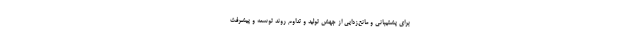
برای پشتیبانی و مانع‌زدایی از جهش تولید و تداوم روند توسعه و پیشرفت